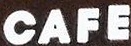
CAFE